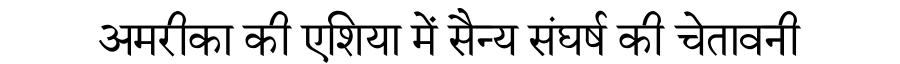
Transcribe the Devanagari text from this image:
अमरीका की एशिया में सैन्य संघर्ष की चेतावनी